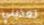
تعذيبي